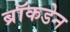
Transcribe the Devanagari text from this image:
ब्रॉकडेन